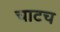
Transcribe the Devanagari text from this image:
चाटच